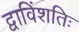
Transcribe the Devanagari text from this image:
द्वाविंशतिः